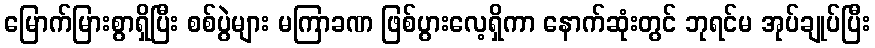
မြောက်မြားစွာရှိပြီး စစ်ပွဲများ မကြာခဏ ဖြစ်ပွားလေ့ရှိကာ နောက်ဆုံးတွင် ဘုရင်မ အုပ်ချုပ်ပြီး